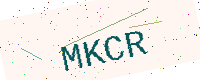
Text: MKCR